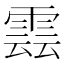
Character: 𮦖